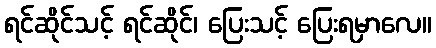
ရင်ဆိုင်သင့် ရင်ဆိုင်၊ ပြေးသင့် ပြေးရမှာလေ။